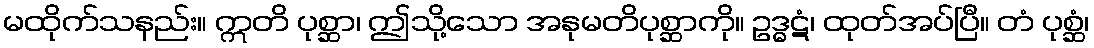
မထိုက်သနည်း။ ဣတိ ပုစ္ဆာ၊ ဤသို့သော အနုမတိပုစ္ဆာကို။ ဥဒ္ဓဋံ၊ ထုတ်အပ်ပြီ။ တံ ပုစ္ဆံ၊